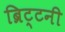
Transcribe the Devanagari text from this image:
ब्रिट्टनी